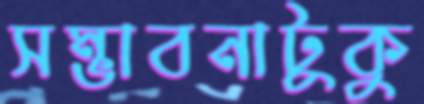
সম্ভাবনাটুকু